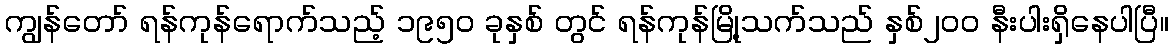
ကျွန်တော် ရန်ကုန်ရောက်သည့် ၁၉၅ဝ ခုနှစ် တွင် ရန်ကုန်မြို့သက်သည် နှစ်၂ဝဝ နီးပါးရှိနေပါပြီ။